Regulations for the medical services of the Army of India
Year: 1930
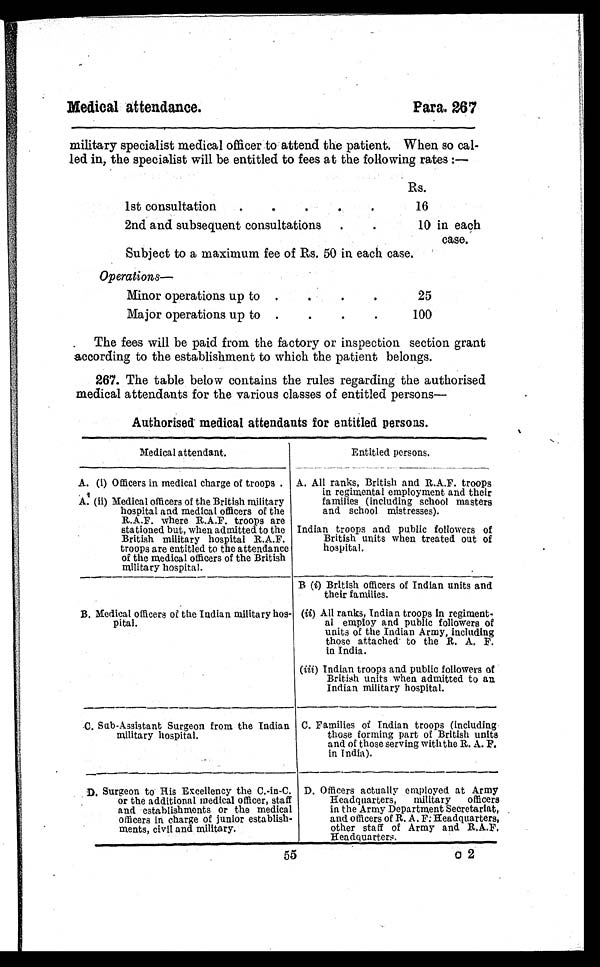
Medical attendance.
Para. 267
55
0 2
military specialist medical officer to attend the patient. When so cal-
led in, the specialist will be entitled to fees at the following rates :—
Rs.
1st consultation
..
.
16
2nd and subsequent consultations
.
10 in each
case.
Subject to a maximum fee of Rs. 50 in each case.
O p e r a t i o n s —
Minor operations up to...
.
25
Major operations up to..
.
.
100
The fees will be paid from the factory or inspection section grant
according to the establishment to which the patient belongs.
267. The table below contains the rules regarding the authorised
medical attendants for the various classes of entitled persons—
Authorised medical attendants for entitled persons.
Medical attendant.
Entitled persons.
A. (i) Officers in medical charge of troops . A. All ranks, British and R.A.F. troops
in regimental employment and their
families (including school masters
and school mistresses).
A. (ii) Medical officers of the British military
hospital and medical officers of the
R.A.F. where R.A.F. troops are
stationed but, when admitted to the
British military hospital R.A.F.
troops are entitled to the attendance
of the medical officers of the British
military hospital.
Indian troops and public followers of
British units when treated out of
hospital.
B
(i ) B r i t i s h o f f i c e r s o f I n d i a n u n i t s a n d
their families.
B. Medical officers of the Indian military hos-
pital.
(ii) All ranks, Indian troops in regiment
-
al employ and public followers of
units of the Indian Army, including
those attached to the R. A. F.
in India.
(iii) Indian troops and public followers of
British units when admitted to an
Indian military hospital.
C. Sub-Assistant Surgeon from the Indian
military hospital.
C. Families of Indian troops (including
those forming part of British units
and of those serving with the R. A. F.
in India).
D. Surgeon to His Excellency the C.-in-C.
or the additional medical officer, staff
and establishments or the medical
officers in charge of junior establish-
ments, civil and military.
D. Officers actually employed at Army
Headquarters, military officers
in the Army Department Secretariat,
and officers of R. A. F: Headquarters,
other staff of Army and R.A.F.
Headquarters.